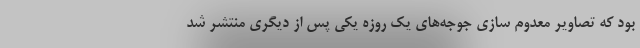
بود که تصاویر معدوم سازی جوجه‌های یک روزه یکی پس از دیگری منتشر شد